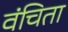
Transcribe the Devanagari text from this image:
वंचिता